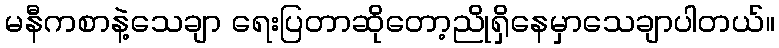
မနီကစာနဲ့သေချာ ရေးပြတာဆိုတော့ညိုရှိနေမှာသေချာပါတယ်။